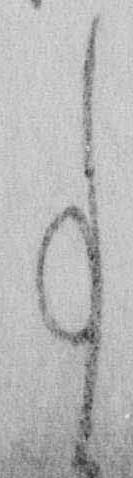
事